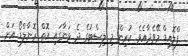
ފްލޮއިޑް މޭވެދާއެވެ. ކުރިން މި ލިސްޓުގެ ދެ ވަނާގައި އޮތް ރޮނާލްޑޯ އަށް